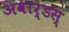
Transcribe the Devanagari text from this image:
अवार्डस्